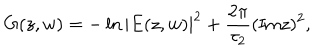
LaTeX: G ( z , w ) = - \ln { | E ( z , w ) | ^ { 2 } } + \frac { 2 \pi } { \tau _ { 2 } } ( \mathrm { I m } z ) ^ { 2 } ,